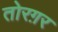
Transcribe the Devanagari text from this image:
तोरग़र